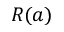
R ( a )